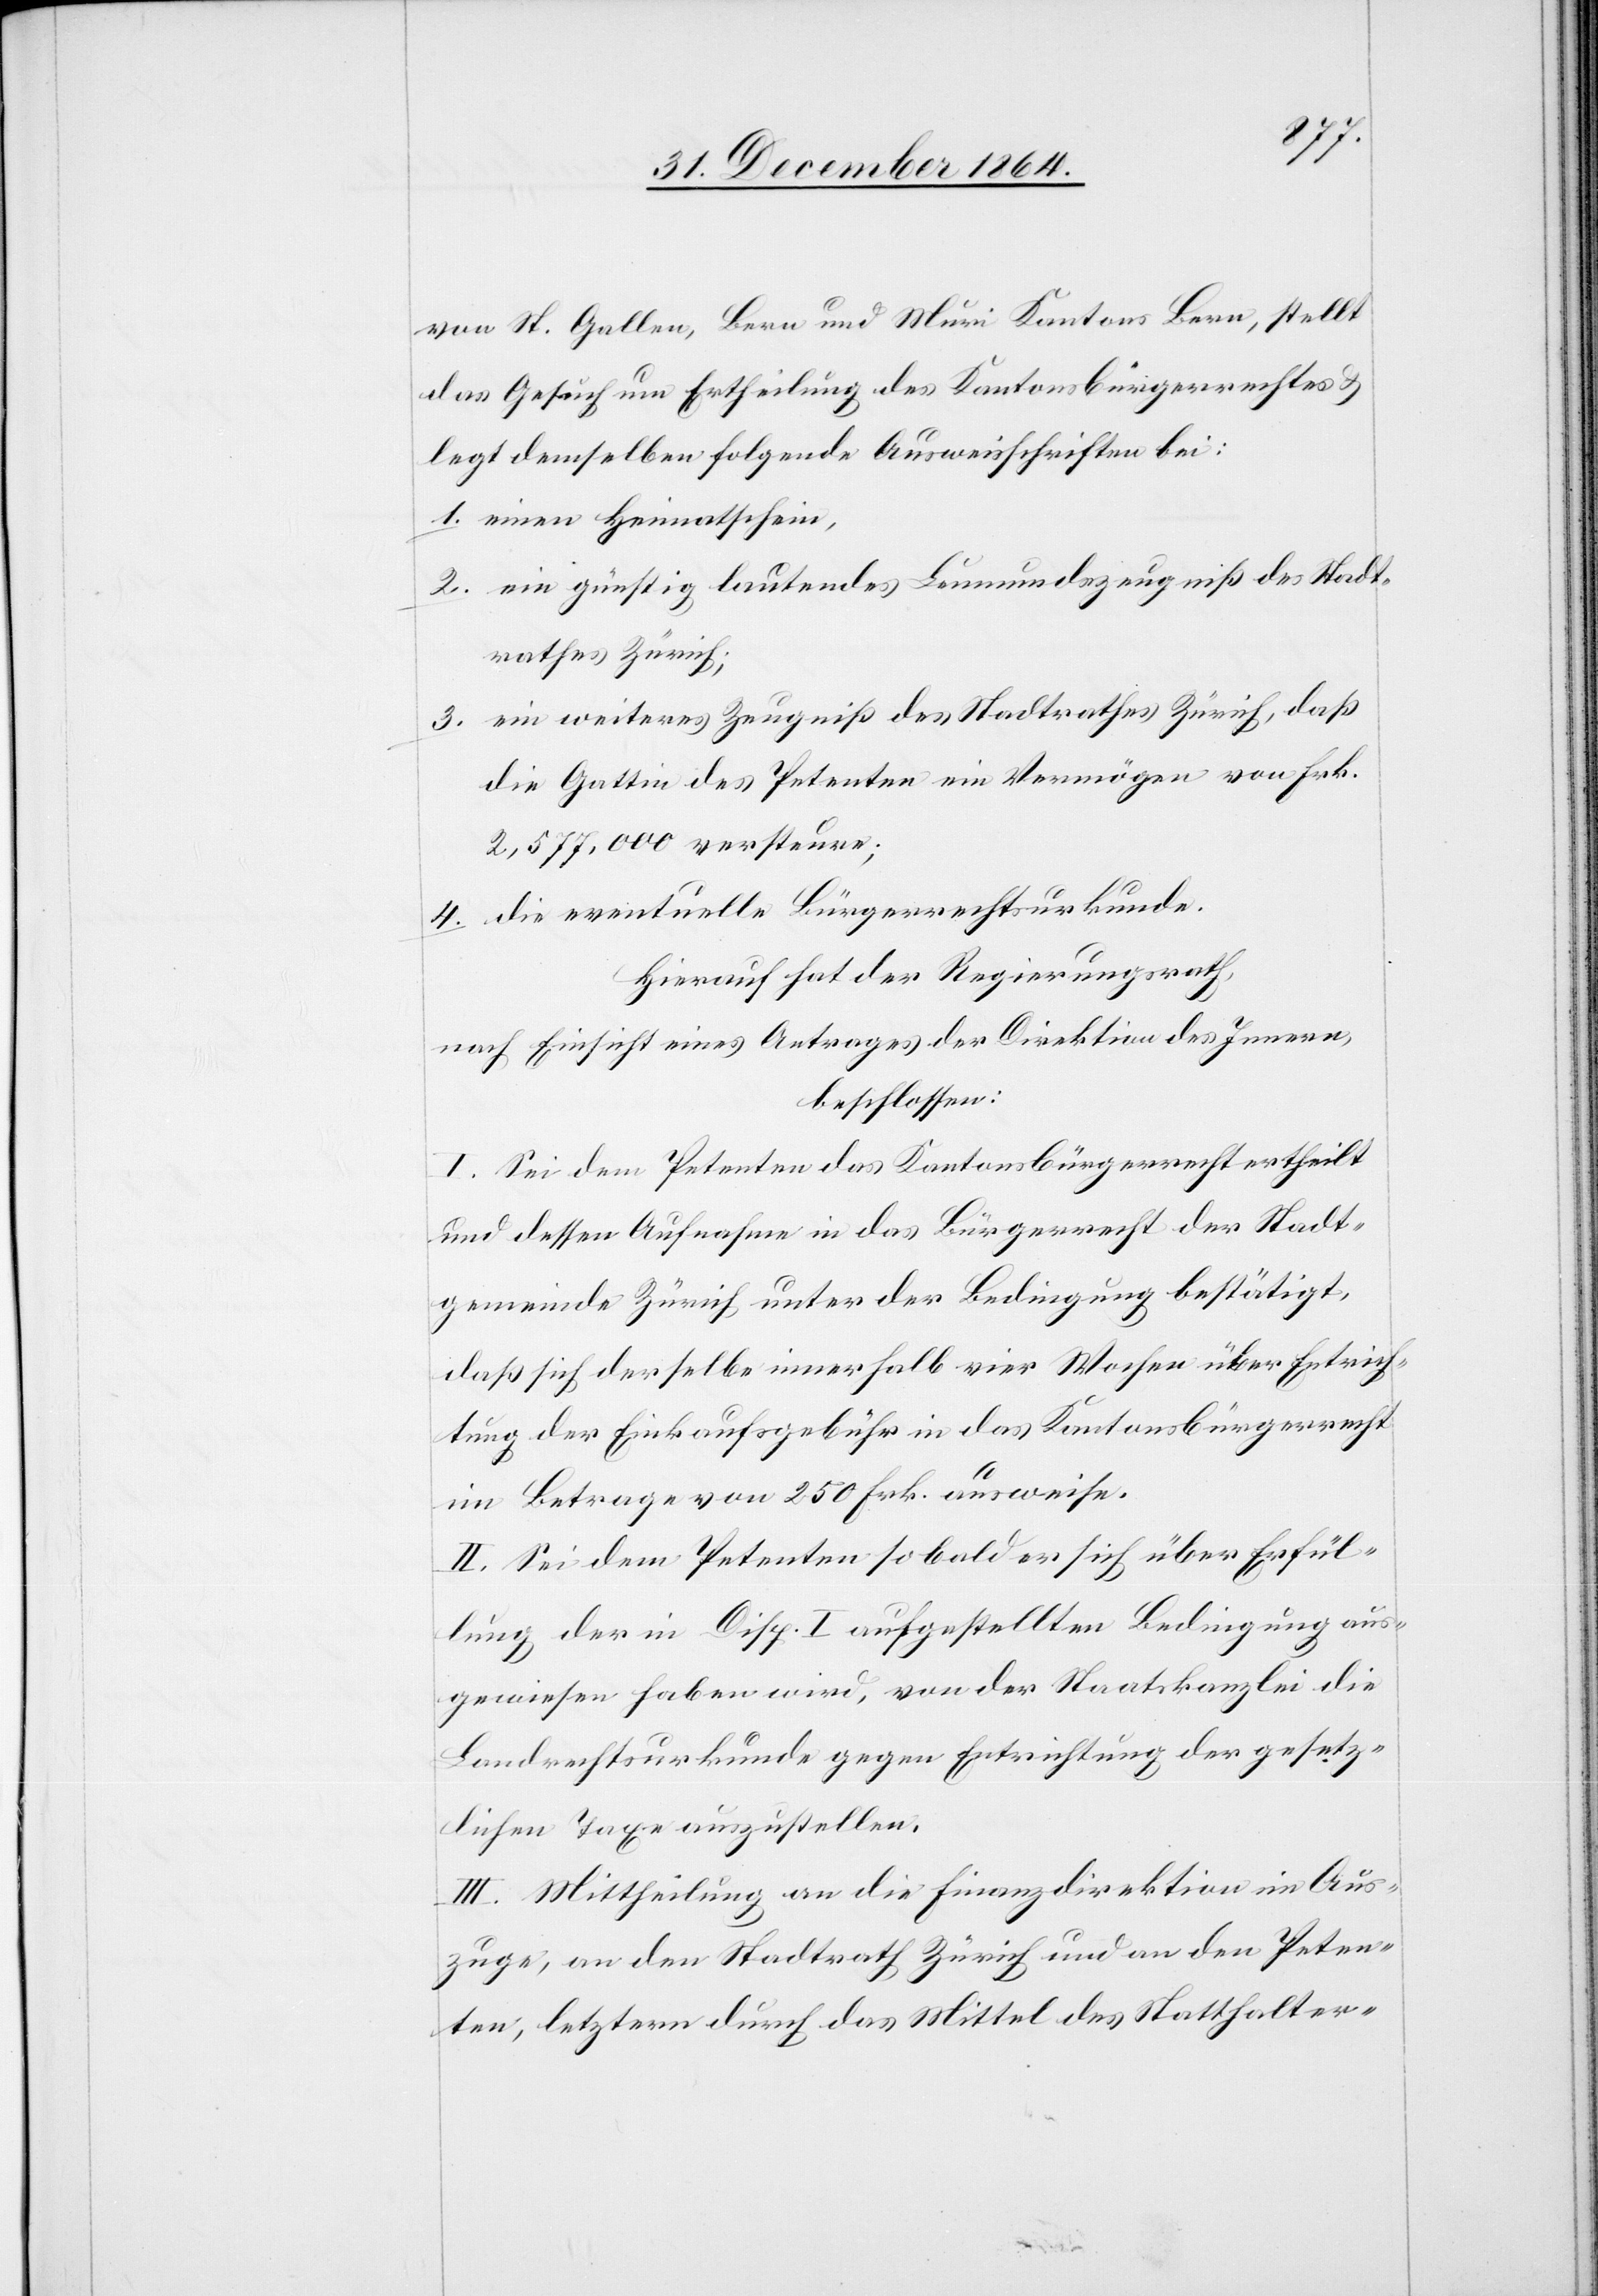
von St. Gallen und Muri Kantons Bern, stellt
das Gesuch um Ertheilung des Kantonsbürgerrechtes &
legt demselben folgende Ausweisschriften bei:
1. einen Heimatschein,
2. ein günstig lautendes Leumundszeugniß des Stadt¬
rathes Zürich;
3. ein weiteres Zeugniß des Stadtrathes Zürich, daß
die Gattin des Petenten ein Vermögen von Frk.
2,577,000 versteure;
4. die eventuelle Bürgerrechtsurkunde.
Hierauf hat der Regierungsrath,
nach Einsicht eines Antrages der Direktion des Innern,
beschlossen:
I. Sei dem Petenten das Kantonsbürgerrecht ertheilt
und dessen Aufnahme in das Bürgerrecht der Stadt¬
gemeinde Zürich unter der Bedingung bestätigt,
daß sich derselbe innerhalb vier Wochen über Entrich¬
tung der Einkaufsgebühr in das Kantonsbürgerrecht
im Betrage von 250 Frk. ausweise.
II. Sei dem Petenten sobald er sich über Erfül¬
lung der in Disp. I aufgestellten Bedingung aus¬
gewiesen haben wird, von der Staatskanzlei die
Landrechtsurkunde gegen Entrichtung der gesetz¬
lichen Taxe auszustellen.
III. Mittheilung an die Finanzdirektion im Aus¬
zuge, an den Stadtrath Zürich und an den Peten¬
ten, letztern durch das Mittel des Statthalter-